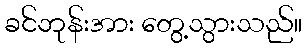
ခင်ဘုန်းအား တွေ့သွားသည်။